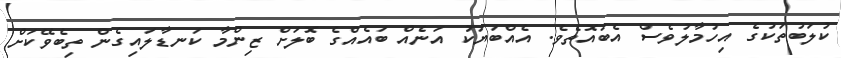
ކުލަބުތަކުގެ އިހުމާލުވެސް އެބައޮތެވެ. އެއްބަޔަކު އަނެއް ބައެއްގެ ބޮލަށް ޒިންމާ ކަނޑާލައިގެން ތިބެވޭކަށް